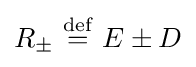
R_{\pm }\ {\stackrel {\mathrm {def} }{=}}\ E\pm D